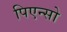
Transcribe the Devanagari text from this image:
पिएन्सो